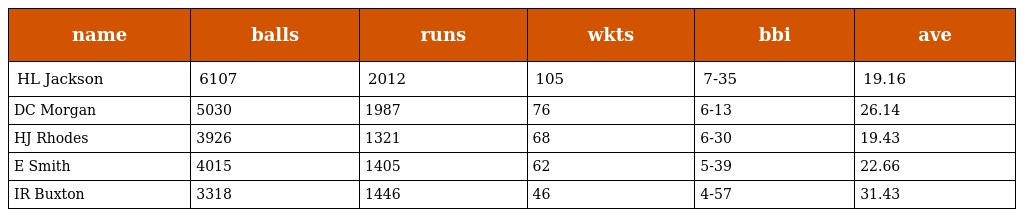
| name | balls | runs | wkts | bbi | ave |
 | --- | --- | --- | --- | --- | --- |
 | HL Jackson | 6107 | 2012 | 105 | 7-35 | 19.16 |
 | DC Morgan | 5030 | 1987 | 76 | 6-13 | 26.14 |
 | HJ Rhodes | 3926 | 1321 | 68 | 6-30 | 19.43 |
 | E Smith | 4015 | 1405 | 62 | 5-39 | 22.66 |
 | IR Buxton | 3318 | 1446 | 46 | 4-57 | 31.43 |